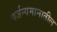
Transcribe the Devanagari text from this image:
पर्जन्यमानातील